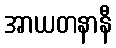
အာယတနာနီ